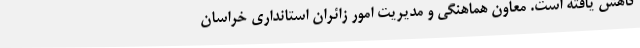
کاهش یافته ‌است. معاون هماهنگی و مدیریت امور زائران استانداری خراسان